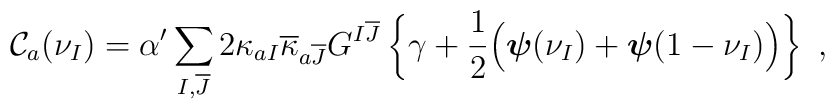
{\cal C}_{a}(\nu_I)=\alpha^{\prime}\sum_{I,\overline{J}}    2 \kappa_{aI}\overline{\kappa}_{a\overline{J}} G^{I\overline{J}}      \left\{ \gamma + \frac{1}{2}\Big(\mbox{\boldmath${\psi}$}(\nu_{I})            +\mbox{\boldmath${\psi}$}(1-\nu_{I})\Big)\right\}~,